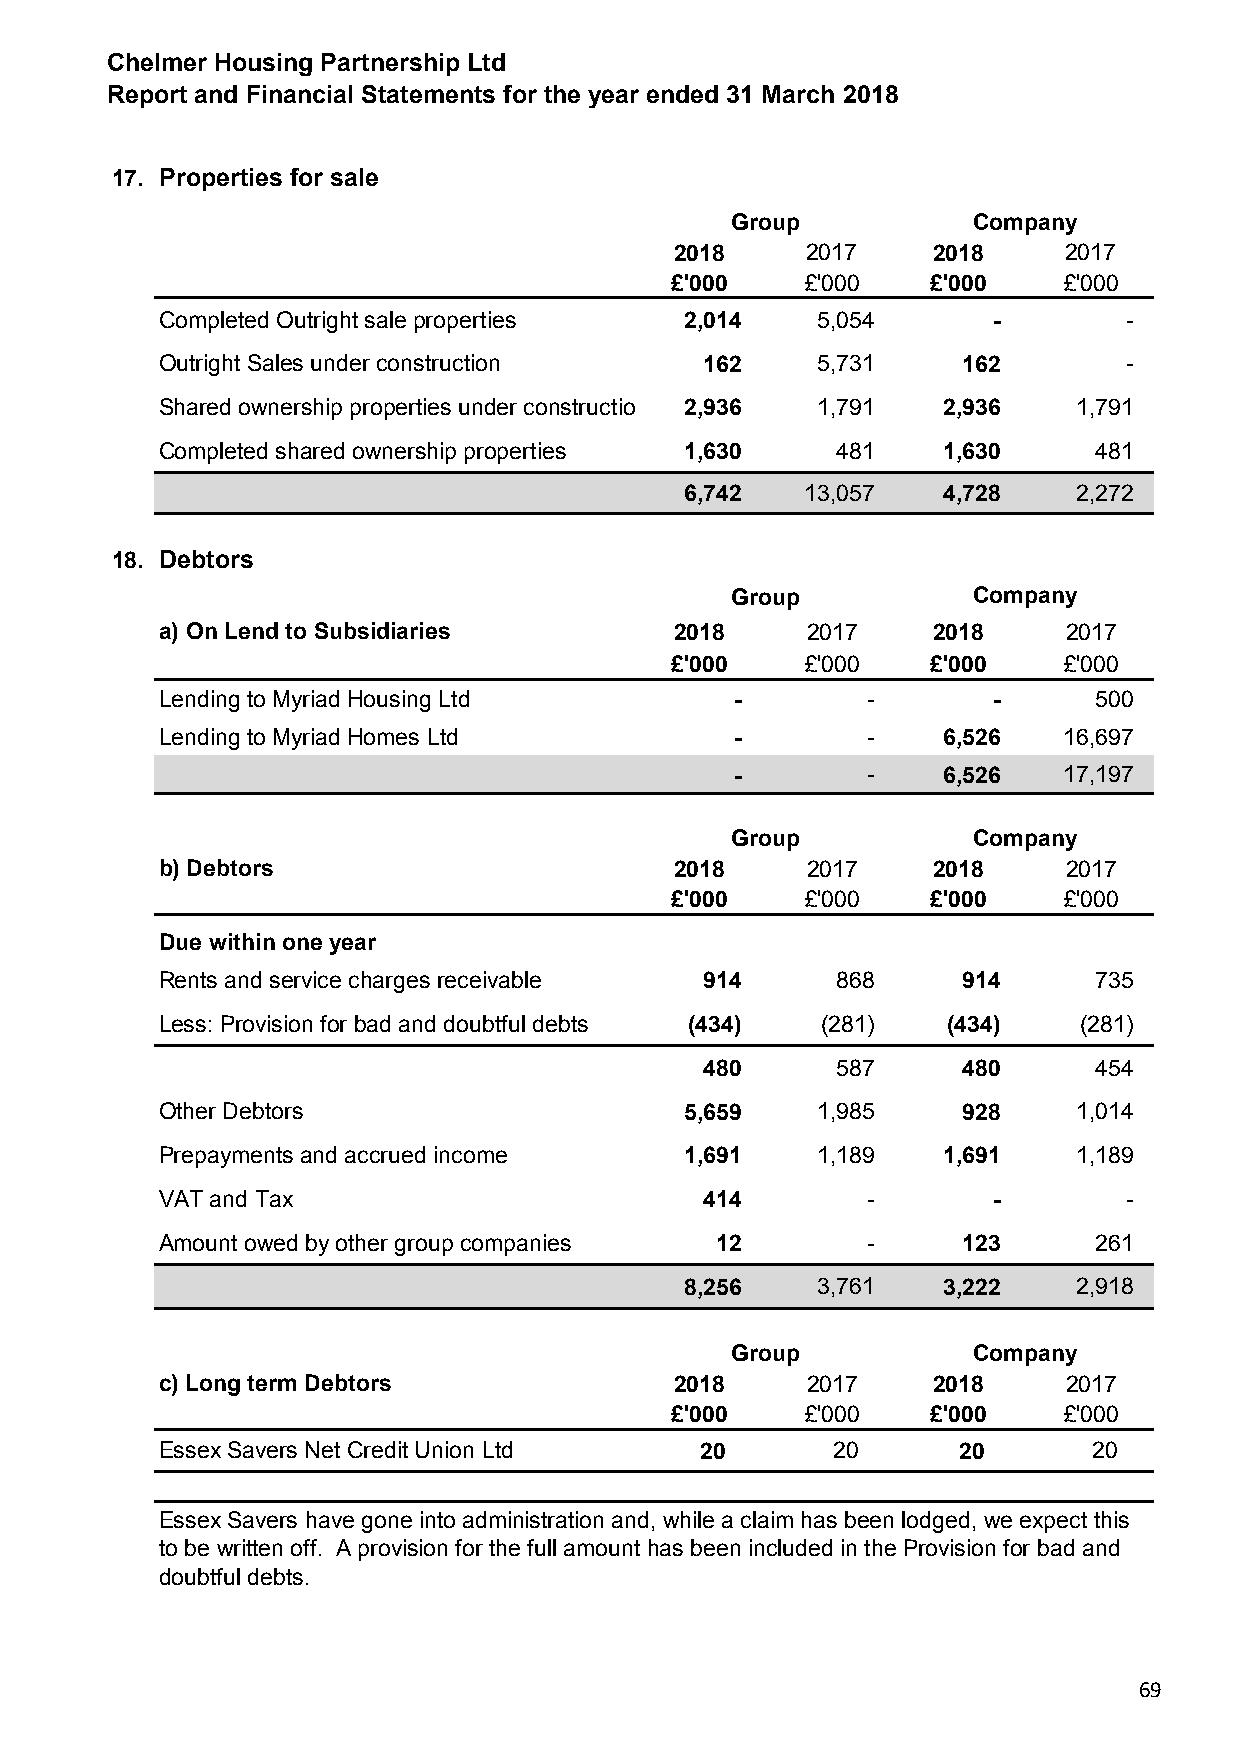
Chelmer Housing Partnership Ltd
 Report and Financial Statements for the year ended 31 March 2018
 17. Properties for sale
 Group           Company
 2018    2017     2018    2017
 £'000    £'000    £'000   £'000
 Completed Outright sale properties 2,014   5,054       -       -
 Outright Sales under construction   162    5,731     162       -
 Shared ownership properties under construction 2,936 1,791 2,936 1,791
 Completed shared ownership properties 1,630 481    1,630     481
 6,742   13,057   4,728    2,272
 18. Debtors
 Group           Company
 a) On Lend to Subsidiaries        2018    2017     2018     2017
 £'000    £'000    £'000   £'000
 Lending to Myriad Housing Ltd         -       -        -     500
 Lending to Myriad Homes Ltd           -       -    6,526   16,697
 -       -    6,526   17,197
 Group           Company
 b) Debtors                        2018    2017     2018     2017
 £'000    £'000    £'000   £'000
 Due within one year
 Rents and service charges receivable 914    868      914     735
 Less: Provision for bad and doubtful debts (434) (281) (434) (281)
 480     587      480     454
 Other Debtors                     5,659    1,985     928    1,014
 Prepayments and accrued income    1,691    1,189   1,691    1,189
 VAT and Tax                         414       -        -       -
 Amount owed by other group companies 12       -      123     261
 8,256    3,761   3,222    2,918
 Group           Company
 c) Long term Debtors              2018    2017     2018     2017
 £'000    £'000    £'000   £'000
 Essex Savers Net Credit Union Ltd  20       20      20       20
 Essex Savers have gone into administration and, while a claim has been lodged, we expect this
 to be written off. A provision for the full amount has been included in the Provision for bad and
 doubtful debts.
 69